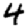
Digit: 4